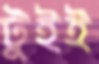
টুইই